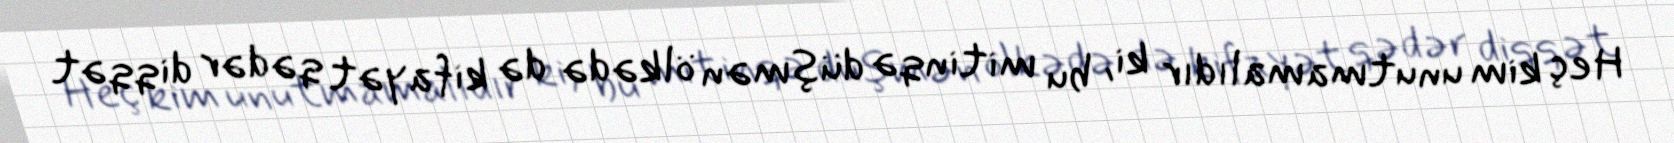
Heç kim unutmamalıdır ki, bu mitinqə düşmən ölkədə də kifayət qədər diqqət